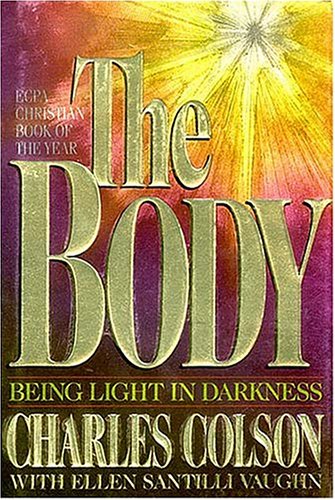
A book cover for The Body: Being Light in Darkness; Charles Colson; Christian Books & Bibles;